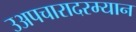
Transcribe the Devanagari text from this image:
उअपचारादरम्यान